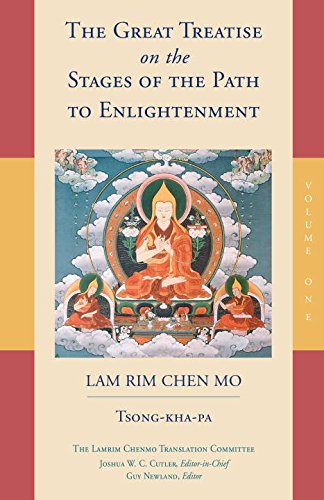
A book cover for The Great Treatise on the Stages of the Path to Enlightenment (Volume 1); Tsong-Kha-Pa; Religion & Spirituality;